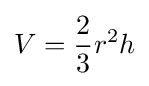
V={2 \over 3}r^{2}h